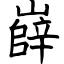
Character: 嶭